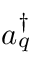
a _ { q } ^ { \dagger }